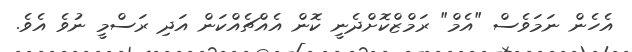
އެހެން ނަމަވެސް "އެމް" ރަމްޒްކޮށްދެނީ ކޮން އެއްޗެއްކަން އަދި ރަސްމީ ނުވެ އެވެ.